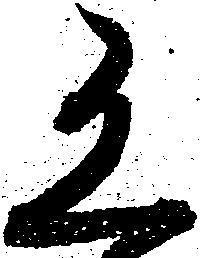
有